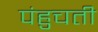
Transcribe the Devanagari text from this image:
पंहुचती